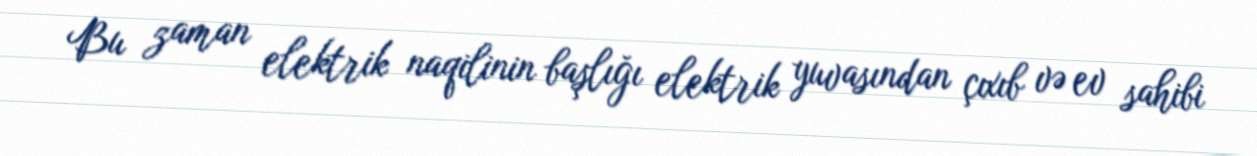
Bu zaman elektrik naqilinin başlığı elektrik yuvasından çıxıb və ev sahibi